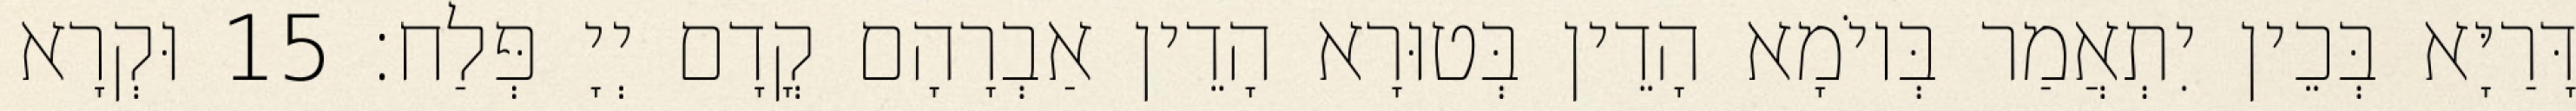
דָּרַיָּא בְּכֵין יִתְאֲמַר בְּיוֹמָא הָדֵין בְּטוּרָא הָדֵין אַבְרָהָם קֳדָם יְיָ פְּלַח׃ 15 וּקְרָא